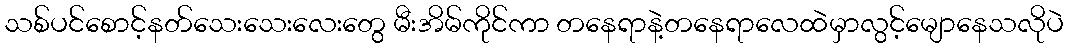
သစ်ပင်စောင့်နတ်သေးသေးလေးတွေ မီးအိမ်ကိုင်ကာ တနေရာနဲ့တနေရာလေထဲမှာလွင့်မျောနေသလိုပဲ